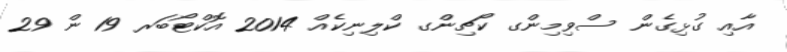
އާއި ގުޅިގެން ސްވިމިންގ ކޯޗިންގ ކްލިނިކެއް 2014 އޮކްޓޯބަރ 19 ން 29